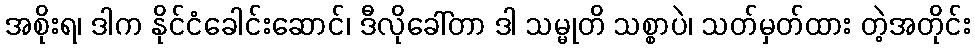
အစိုးရ၊ ဒါက နိုင်ငံခေါင်းဆောင်၊ ဒီလိုခေါ်တာ ဒါ သမ္မုတိ သစ္စာပဲ၊ သတ်မှတ်ထား တဲ့အတိုင်း